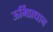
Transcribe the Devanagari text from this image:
ऊर्मिप्रधान